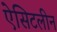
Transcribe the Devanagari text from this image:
ऐसिटलीन